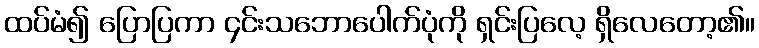
ထပ်မံ၍ ပြောပြကာ ၄င်းသဘောပေါက်ပုံကို ရှင်းပြလေ့ ရှိလေတော့၏။